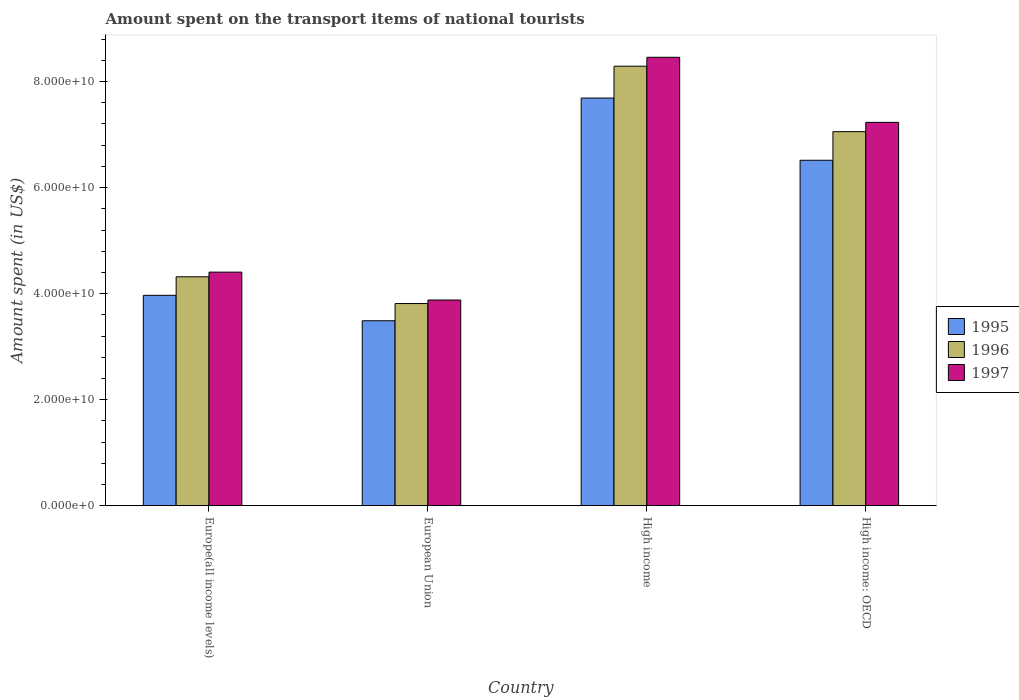
| Country | 1995 | 1996 | 1997 |
 | --- | --- | --- | --- |
 | Europe(all income levels) | 3.97e+10 | 4.32e+10 | 4.41e+10 |
 | European Union | 3.49e+10 | 3.81e+10 | 3.88e+10 |
 | High income | 7.69e+10 | 8.29e+10 | 8.46e+10 |
 | High income: OECD | 6.52e+10 | 7.06e+10 | 7.23e+10 |